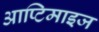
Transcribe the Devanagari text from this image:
आप्टिमाइज